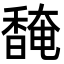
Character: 馣